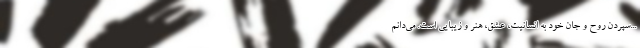
...سپردن روح و جان خود به انسانیت، عشق، هنر و زیبایی است. می‌دانم